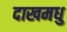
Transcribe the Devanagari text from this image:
दाखमधु